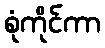
စုံကိုင်ကာ